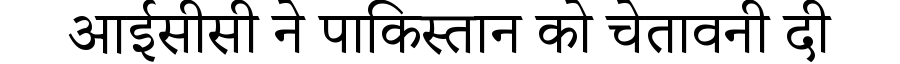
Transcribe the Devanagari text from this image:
आईसीसी ने पाकिस्तान को चेतावनी दी